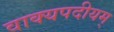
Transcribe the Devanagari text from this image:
वाक्यपदीयम्